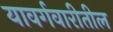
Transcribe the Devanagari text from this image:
यावर्गवारीतील